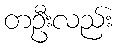
တဦးလည်း